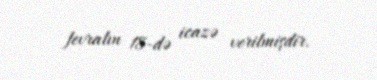
fevralın 18-də icazə verilmişdir.